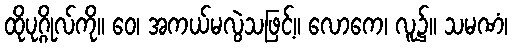
ထိုပုဂ္ဂိုလ်ကို။ ဝေ၊ အကယ်မလွဲသဖြင့်။ လောကေ၊ လူ၌။ သမဏံ၊